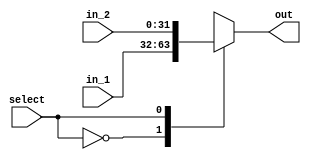
module mux_32(
  output [31:0] out,
  input [31:0] in_1, in_2,
  input select
);
  reg [31:0] out_select;
  assign out = out_select;
  always@(*) begin
	case(select) 
		1'b0: out_select = in_1;
		1'b1: out_select = in_2;
	endcase
  end	
 
endmodule